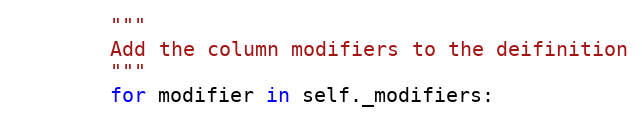
Language: Python
        """
        Add the column modifiers to the deifinition
        """
        for modifier in self._modifiers: